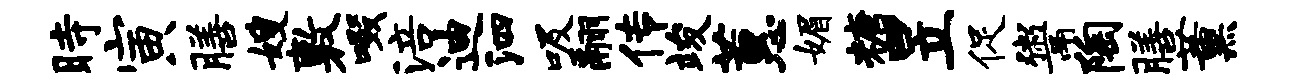
时寅膳嫂敷啜涪迪泗吸翮传竣蕙媚糖昱促鬻陶膳薰